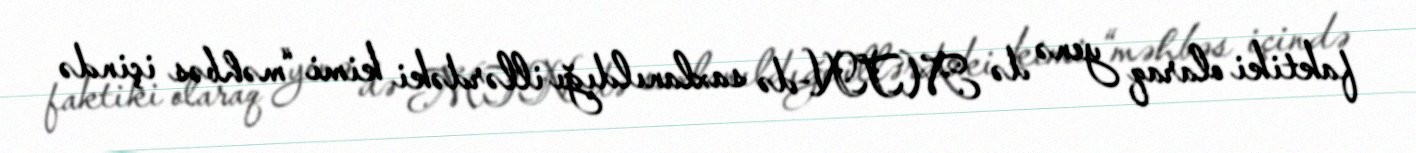
faktiki olaraq yenə də MTN-də saxlanıldığı illərdəki kimi “məhbəs içində